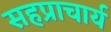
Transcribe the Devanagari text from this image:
सहप्राचार्य